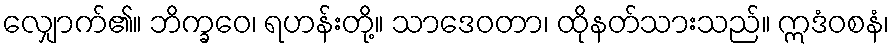
လျှောက်၏။ ဘိက္ခဝေ၊ ရဟန်းတို့။ သာဒေဝတာ၊ ထိုနတ်သားသည်။ ဣဒံဝစနံ၊